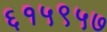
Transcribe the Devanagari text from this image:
६१५९५७